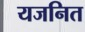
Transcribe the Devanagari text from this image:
यजनित